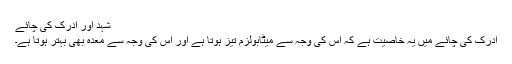
شہد اور ادرک کی چائے
ادرک کی چائے میں یہ خاصیت ہے کہ اس کی وجہ سے میٹابولزم تیز ہوتا ہے اور اس کی وجہ سے معدہ بھی بہتر ہوتا ہے۔